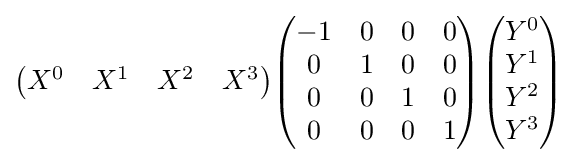
{\begin{pmatrix}X^{0}&X^{1}&X^{2}&X^{3}\end{pmatrix}}{\begin{pmatrix}-1&0&0&0\\0&1&0&0\\0&0&1&0\\0&0&0&1\end{pmatrix}}{\begin{pmatrix}Y^{0}\\Y^{1}\\Y^{2}\\Y^{3}\end{pmatrix}}